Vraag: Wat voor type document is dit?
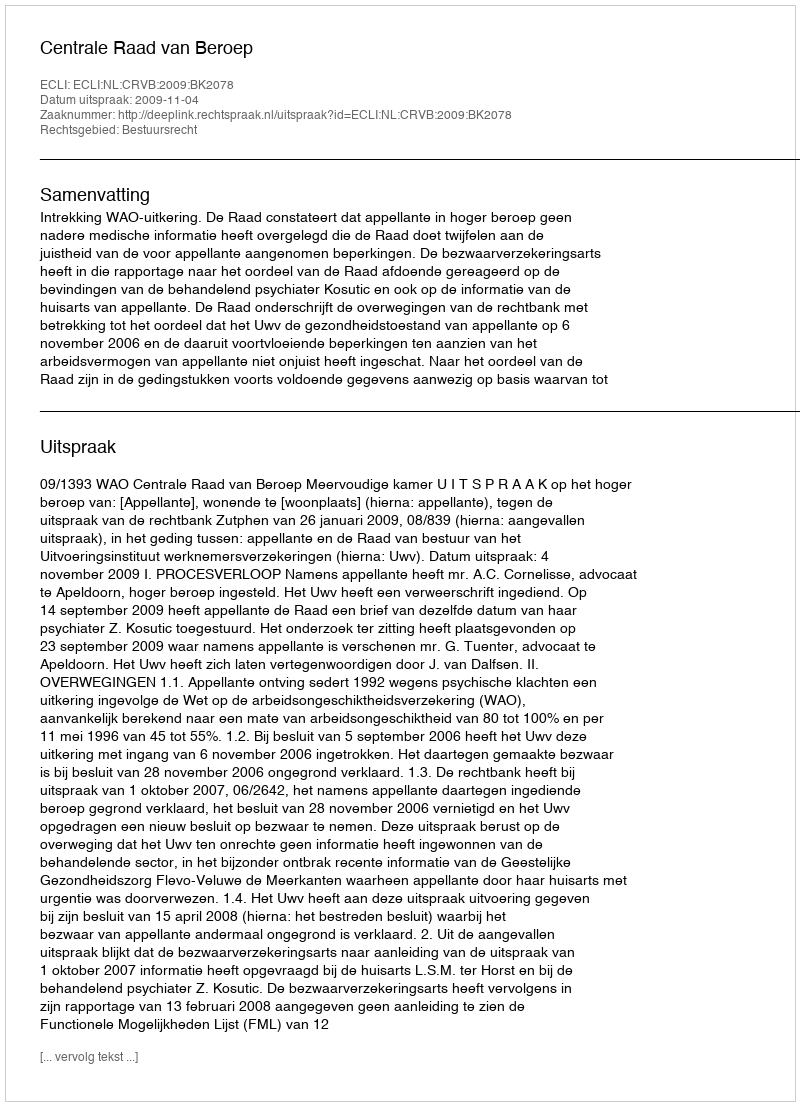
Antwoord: Uitspraak